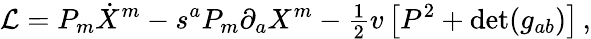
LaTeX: {\cal L}=P_{m}\dot{X}^{m}-s^{a}P_{m}\partial_{a}X^{m}-{\textstyle{\frac{1}{2}}}v\left[P^{2}+\mathrm{det}(g_{ab})\right]\, ,